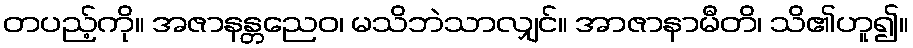
တပည့်ကို။ အဇာနန္တညေဝ၊ မသိဘဲသာလျှင်။ အာဇာနာမီတိ၊ သိ၏ဟူ၍။